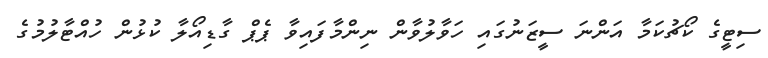
ސިޓީގެ ކޯޗުކަމާ އަންނަ ސީޒަނުގައި ހަވާލުވާން ނިންމާފައިވާ ޕެޕް ގާޑިއޯލާ ކުޅުން ހުއްޓާލުމުގެ